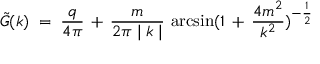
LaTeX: { \tilde { G } } ( k ) \; = \; \frac { q } { 4 \pi } \, + \, \frac { m } { 2 \pi \mid k \mid } \, \arcsin ( 1 \, + \, \frac { 4 m ^ { 2 } } { k ^ { 2 } } ) ^ { - \frac { 1 } { 2 } }